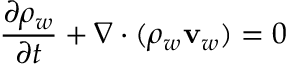
\frac { \partial \rho _ { w } } { \partial t } + \nabla \cdot ( \rho _ { w } { \bf v } _ { w } ) = 0